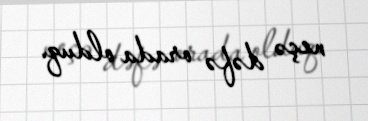
neçə dəfə orada olduq.